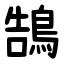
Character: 鵠